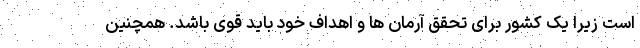
است زیرا یک کشور برای تحقق آرمان ها و اهداف خود باید قوی باشد. همچنین